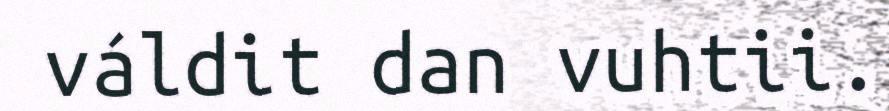
váldit dan vuhtii.